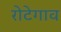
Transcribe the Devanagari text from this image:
रोटेगाव